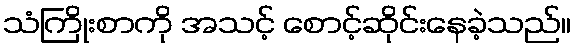
သံကြိုးစာကို အသင့် စောင့်ဆိုင်းနေခဲ့သည်။